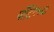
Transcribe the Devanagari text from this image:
पाँटिंगच्या